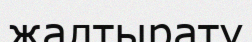
жалтырату